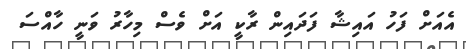
އެއަށް ފަހު އައިޝާ ފަދައިން ރާކީ އަށް ވެސް މިހާރު ވަނީ ހާއްސަ